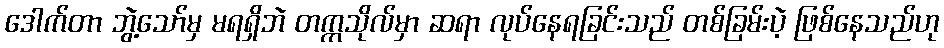
ဒေါက်တာ ဘွဲ့သော်မှ မရရှိဘဲ တက္ကသိုလ်မှာ ဆရာ လုပ်နေရခြင်းသည် တစ်ခြမ်းပဲ့ ဖြစ်နေသည်ဟု